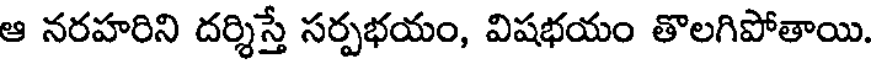
ఆ నరహరిని దర్శిస్తే సర్పభయం, విషభయం తొలగిపోతాయి.